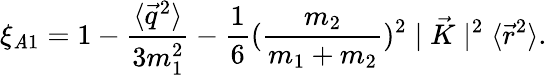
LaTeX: \xi_{\mathit{A}1}=1-\frac{{\langle\vec{{q}}^{2}\rangle}}{{3m_{1}^{2}}}-\frac{{1}}{{6}}(\frac{{m_{2}}}{{m_{1}+m_{2}}})^{2}\mid\vec{{K}}\mid^{2}\langle\vec{{r}}^{2}\rangle.